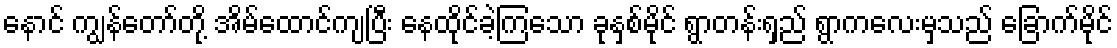
နောင် ကျွန်တော်တို့ အိမ်ထောင်ကျပြီး နေထိုင်ခဲ့ကြသော ခုနှစ်မိုင် ရွာတန်းရှည် ရွာကလေးမှသည် ခြောက်မိုင်